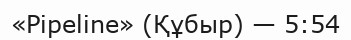
«Pipeline» (Құбыр) — 5:54